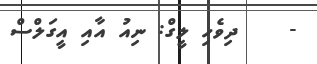
-    ދިވެހި ލީގް: ނިއު އާއި އީގަލްސް